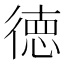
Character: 徳